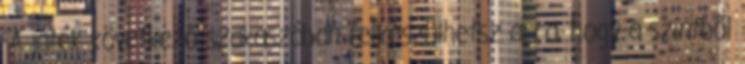
-A játék következő szakaszában felkészülhetsz arra, hogy a szintből